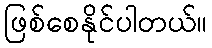
ဖြစ်စေနိုင်ပါတယ်။